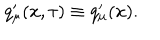
q _ { \mu } ^ { \prime } ( x , \tau ) \equiv q _ { \mu } ^ { \prime } ( x ) .